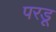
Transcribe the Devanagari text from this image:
परडू